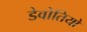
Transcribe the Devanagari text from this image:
डेवोतियो